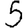
Digit: 5